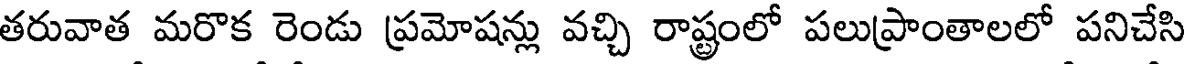
తరువాత మరొక రెండు ప్రమోషన్లు వచ్చి రాష్ట్రంలో పలుప్రాంతాలలో పనిచేసి